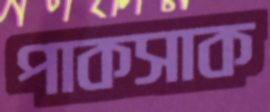
পাকসাক